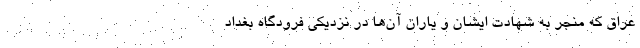
عراق که منجر به شهادت ایشان و یاران آن‌ها در نزدیکی فرودگاه بغداد